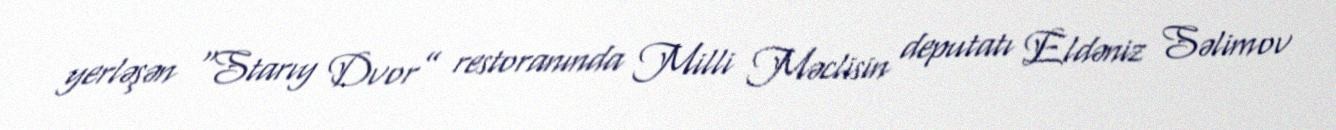
yerləşən “Starıy Dvor” restoranında Milli Məclisin deputatı Eldəniz Səlimov